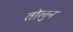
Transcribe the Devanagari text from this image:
तोलुन